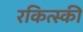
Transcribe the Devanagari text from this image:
रकित्स्की